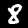
Digit: 8